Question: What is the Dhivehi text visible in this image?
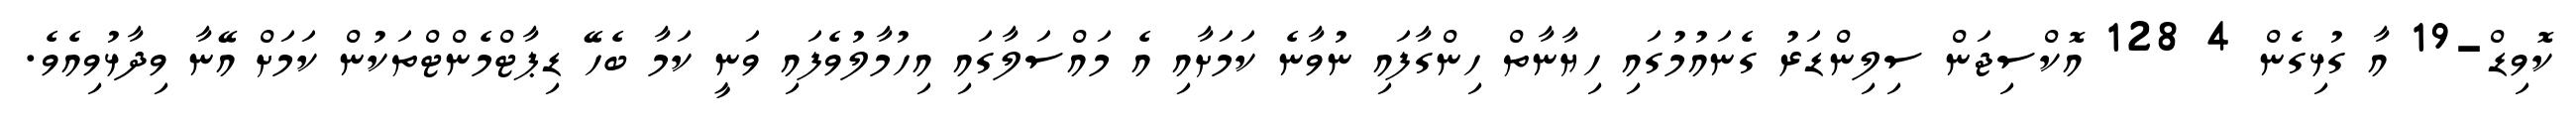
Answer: ކޮވިޑް-19 އާ ގުޅިގެން 4 128 އޮކްސިޖަން ސިލިންޑަރު ގެނައުމުގައި ހިޔާނާތް ހިންގާފައި ނުވާނެ ކަމަށާއި އެ މައްސަލާގައި އިހުމާލުވެފައި ވަނީ ކަމާ ބެހޭ ޑިޕާޓްމެންޓްތަކުން ކަމަށް އޭނާ ވިދާޅުވިއެވެ.